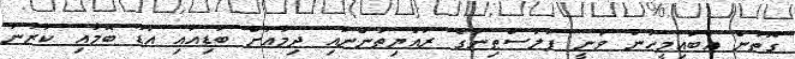
ގޮތުން އެބައިމީހުން ވަނީ ފަލަސްޠިނުގެ ރައްޔިތުންނާއި ދިމާއަށް ބަޑިއާއި އަޑު ބޮމާއި ކަރުނަ